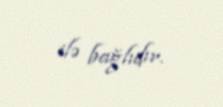
ilə bağlıdır.